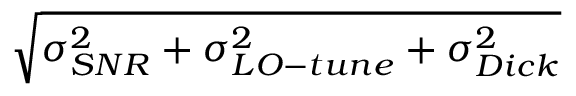
\sqrt { \sigma _ { S N R } ^ { 2 } + \sigma _ { L O - t u n e } ^ { 2 } + \sigma _ { D i c k } ^ { 2 } }